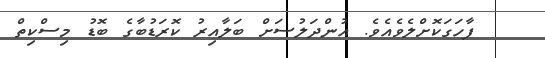
ފާހަގަކޮށްލެވެއެވެ. އުންދަލުސަށް ބަލާއިރު ކޮރަޑުބާގެ ބޮޑު މިސްކިތް